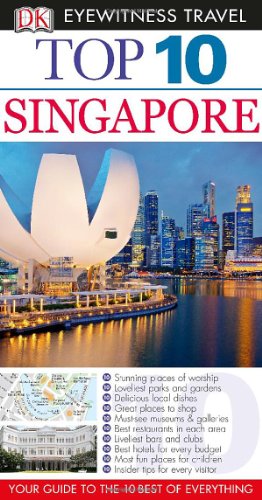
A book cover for Top 10 Singapore (EYEWITNESS TOP 10 TRAVEL GUIDE); Jennifer Eveland; Travel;